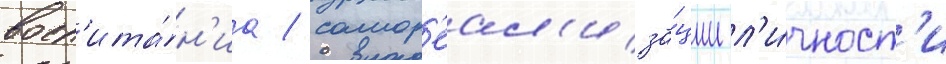
восп'ита́н'иа / самор'еал'иза́ции л'и́чност'и